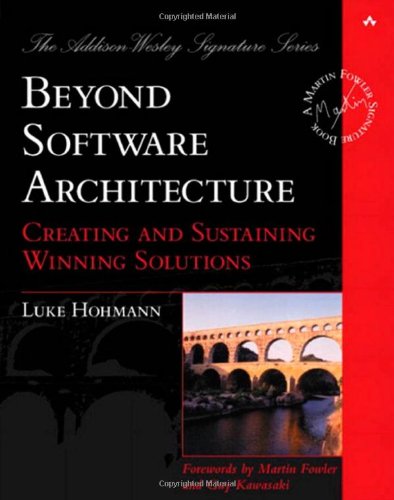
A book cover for Beyond Software Architecture: Creating and Sustaining Winning Solutions; Luke Hohmann; Computers & Technology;